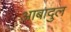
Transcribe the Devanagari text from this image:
आबादुल